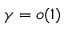
\gamma = o ( 1 )